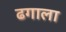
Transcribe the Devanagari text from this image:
ढगाला